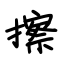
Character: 擦